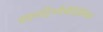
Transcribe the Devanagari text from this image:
हाइपरट्रिग्लीसेरिडेमिया